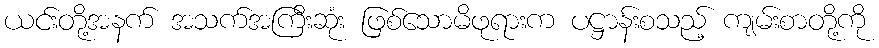
ယင်းတို့အနက် အသက်အကြီးဆုံး ဖြစ်သောမိဖုရားက ပဋ္ဌာန်းစသည့် ကျမ်းစာတို့ကို